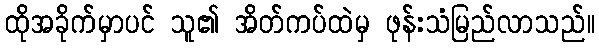
ထိုအခိုက်မှာပင် သူ၏ အိတ်ကပ်ထဲမှ ဖုန်းသံမြည်လာသည်။